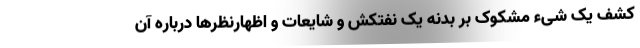
کشف یک شیء مشکوک بر بدنه یک نفتکش و شایعات و اظهارنظرها درباره آن